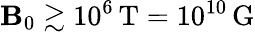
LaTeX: \mathbf{B}_{0}\gtrsim10^{6}\, \mathrm{{T}}=10^{10}\, \mathrm{{G}}